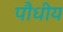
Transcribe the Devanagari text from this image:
पौधीय